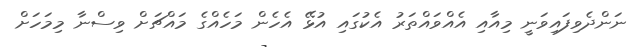
ނަންދެވިފައިވަނީ މިއާއި އެއްވައްތަރު އެކުގައި އުޅޭ އެހެން މަހެއްގެ މައްޗަށް ވިސްނާ މިމަހަށް